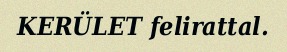
KERÜLET felirattal.